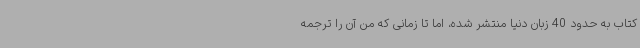
کتاب به حدود 40 زبان دنیا منتشر شده، اما تا زمانی که من آن را ترجمه